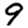
Digit: 9